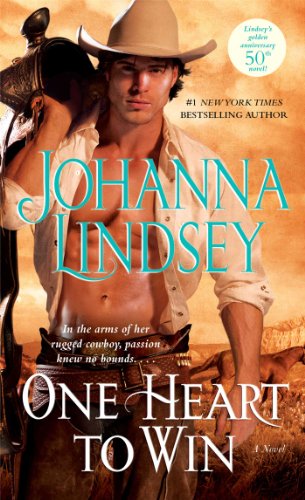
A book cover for One Heart to Win; Johanna Lindsey; Romance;